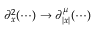
\partial _ { x } ^ { 2 } ( \cdots ) \rightarrow \partial _ { | x | } ^ { \mu } ( \cdots )